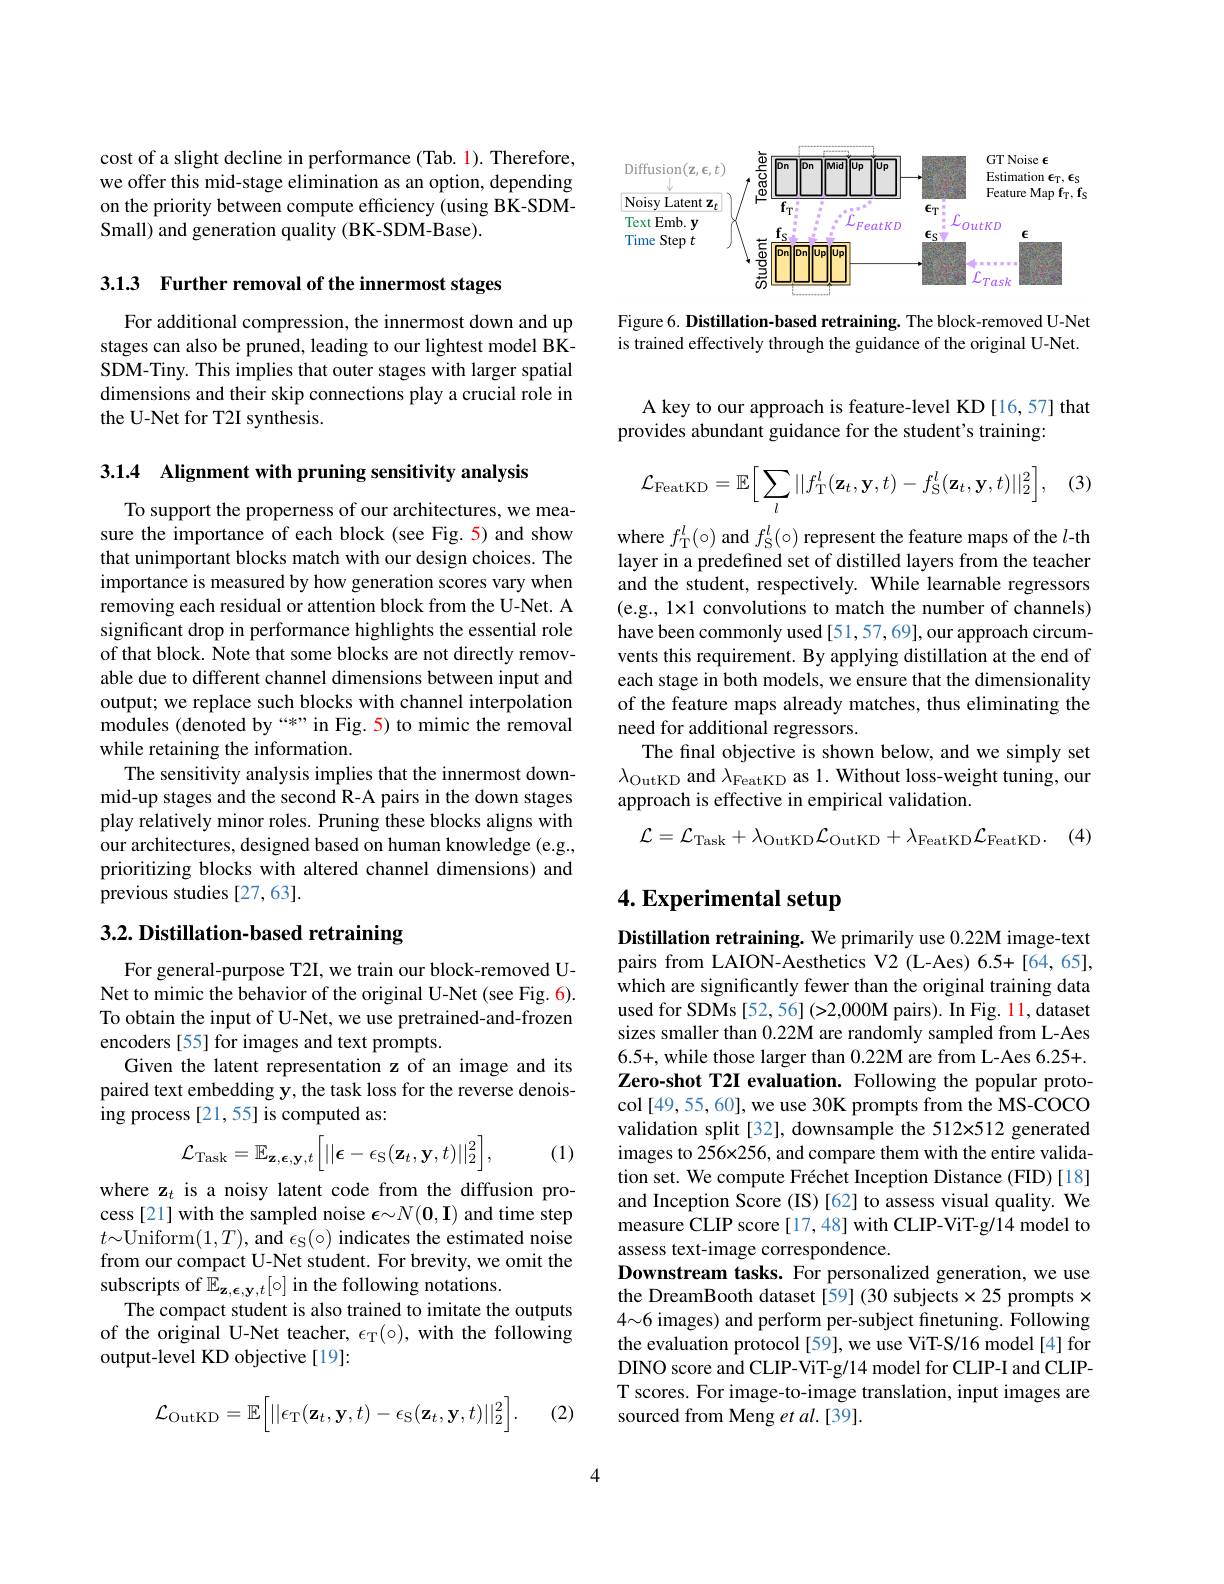
cost of a slight decline in performance (Tab. 1). Therefore, we offer this mid-stage elimination as an option, depending on the priority between compute efficiency (using BK-SDMSmall) and generation quality (BK-SDM-Base).

3.13 Further removal of the innermost stages

For additional compression, the innermost down and up stages can also be pruned, leading to our lightest model BKSDM-Tiny. This implies that outer stages with larger spatial dimensions and their skip connections play a crucial role in the U-Net for T2I synthesis.

3.1.4 Alignment with pruning sensitivity analysis

To support the properness of our architectures, we measure the importance of each block (see Fig. 5) and show that unimportant blocks match with our design choices. The importance is measured by how generation scores vary when removing each residual or attention block from the U-Net. A significant drop in performance highlights the essential role of that block. Note that some blocks are not directly removable due to different channel dimensions between input and output; we replace such blocks with channel interpolation modules (denoted by “*” in Fig. 5) to mimic the removal while retaining the information.
The sensitivity analysis implies that the innermost downmid-up stages and the second R-A pairs in the down stages play relatively minor roles. Pruning these blocks aligns with our architectures, designed based on human knowledge (e.g., prioritizing blocks with altered channel dimensions) and previous studies [27,63].

# 3.2. Distillation-based retraining

For general-purpose T2I, we train our block-removed UNet to mimic the behavior of the original U-Net (see Fig. 6). To obtain the input of U-Net, we use pretrained-and-frozen encoders [55] for images and text prompts.
Given the latent representation z of an image and its paired text embedding y, the task loss for the reverse denoising process [21,55] is computed as:
$$\mathcal{L}_{\mathrm{Task}}=\mathbb{E}_{\mathbf{z},\mathbf{\epsilon},\mathbf{y},t}\Big[||\boldsymbol{\epsilon}-\epsilon_{\mathrm{S}}(\mathbf{z}_{t},\mathbf{y},t)||_{2}^{2}\Big],$$
(1)

where z$_t$ is a noisy latent code from the diffusion process[21] with the sampled noise $\boldsymbol\epsilon\sim N(\mathbf{0},\mathbf{I})$ and time step $t{\sim}$Uniform$(1,T)$,and $\epsilon_{\mathrm{S}}(\circ)$ indicates the estimated noise from our compact U-Net student. For brevity, we omit the subscripts of $\mathbb{E}_\mathbf{z},\boldsymbol{\epsilon},\mathbf{y},t[\circ]$ in the following notations.
The compact student is also trained to imitate the outputs of the original U-Net teacher, $\epsilon_{\mathrm{T}}(\circ)$, with the following output-level KD objective[19]:
$$\mathcal{L}_{\mathrm{OutKD}}=\mathbb{E}\Big[||\epsilon_{\mathrm{T}}(\mathbf{z}_{t},\mathbf{y},t)-\epsilon_{\mathrm{S}}(\mathbf{z}_{t},\mathbf{y},t)||_{2}^{2}\Big].$$
(2)

<FigureHere>

Figure 6. Distillation-based retraining. The block-removed U-Net is trained effectively through the guidance of the original U-Net.

A key to our approach is feature-level KD [16,57] that
provides abundant guidance for the student's training

(3)
$$\mathcal{L}_{\mathrm{FeatKD}}=\mathbb{E}\Big[\sum_{l}||f_{\mathrm{T}}^{l}(\mathbf{z}_{t},\mathbf{y},t)-f_{\mathrm{S}}^{l}(\mathbf{z}_{t},\mathbf{y},t)||_{2}^{2}\Big],$$
where $f_{\mathrm{T}}^l(\circ)$ and $f_{\mathrm{S}}^l(\circ)$ represent the feature maps of the $l$-th layer in a predefined set of distilled layers from the teacher and the student, respectively. While learnable regressors (e.g., 1×1 convolutions to match the number of channels) have been commonly used [51,57,69], our approach circumvents this requirement. By applying distillation at the end of each stage in both models, we ensure that the dimensionality of the feature maps already matches, thus eliminating the need for additional regressors.
The final objective is shown below, and we simply set $\lambda_{\mathrm{OutKD}}$ and $\lambda_\mathrm{FeatKD}$ as 1. Without loss-weight tuning, our approach is effective in empirical validation.
$$\mathcal{L}=\mathcal{L}_{\mathrm{Task}}+\lambda_{\mathrm{OutKD}}\mathcal{L}_{\mathrm{OutKD}}+\lambda_{\mathrm{FeatKD}}\mathcal{L}_{\mathrm{FeatKD}}.$$
(4)

# 4. Experimental setup

Distillation retraining. We primarily use 0.22M image-text pairs from LAION-Aesthetics V2 (L-Aes) 6.5+[64,65], which are significantly fewer than the original training data used for SDMs [52,56] (>2,000M pairs). In Fig. 11, dataset sizes smaller than 0.22M are randomly sampled from L-Aes 6.5+,while those larger than 0.22M are from L-Aes 6.25+. Zero-shot T2I evaluation. Following the popular protocol [49, 55, 60], we use 30K prompts from the MS-COCO validation split[32], downsample the 512x512 generated images to 256x256, and compare them with the entire validation set. We compute Fréchet Inception Distance (FID)[18] and Inception Score (IS)[62] to assess visual quality. We measure CLIP score [17,48] with CLIP-ViT-g/14 model to assess text-image correspondence
Downstream tasks. For personalized generation, we use the DreamBooth dataset [59] (30 subjects $\times25$ prompts x 4~6 images) and perform per-subject finetuning. Following the evaluation protocol [59], we use ViT-S/16 model [4] for DINO score and CLIP-ViT-g/14 model for CLIP-I and CLIPT scores. For image-to-image translation, input images are sourced from Meng et $al.[39].$

4